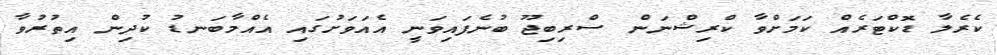
ކެރެލާ ޑޮކްޓަރެއް ކަމަށްވާ ކްރިޝްނަން ސްރިބިޖޫ ބުނެފައިވަނީ އެއަވަށުގައި އެއްމާބަނޑު ކުދިން އިތުރުވާ